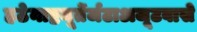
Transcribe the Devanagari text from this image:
हठेनाष्टमूर्तेर्जटाअजूटवासे